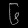
Digit: ၆